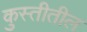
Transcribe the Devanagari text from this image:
कुस्तीतील